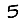
Digit: 5